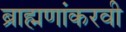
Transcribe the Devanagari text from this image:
ब्राह्मणांकरवी